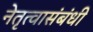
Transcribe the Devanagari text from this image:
नेतृत्वासंबंधी